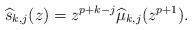
LaTeX: \begin{align*}\widehat{s}_{k,j}(z)=z^{p+k-j}\widehat{\mu}_{k,j}(z^{p+1}).\end{align*}